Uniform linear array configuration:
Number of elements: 64
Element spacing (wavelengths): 0.5
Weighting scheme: blackman
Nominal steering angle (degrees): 30
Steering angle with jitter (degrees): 28.922
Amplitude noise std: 0.05
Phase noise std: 0.05

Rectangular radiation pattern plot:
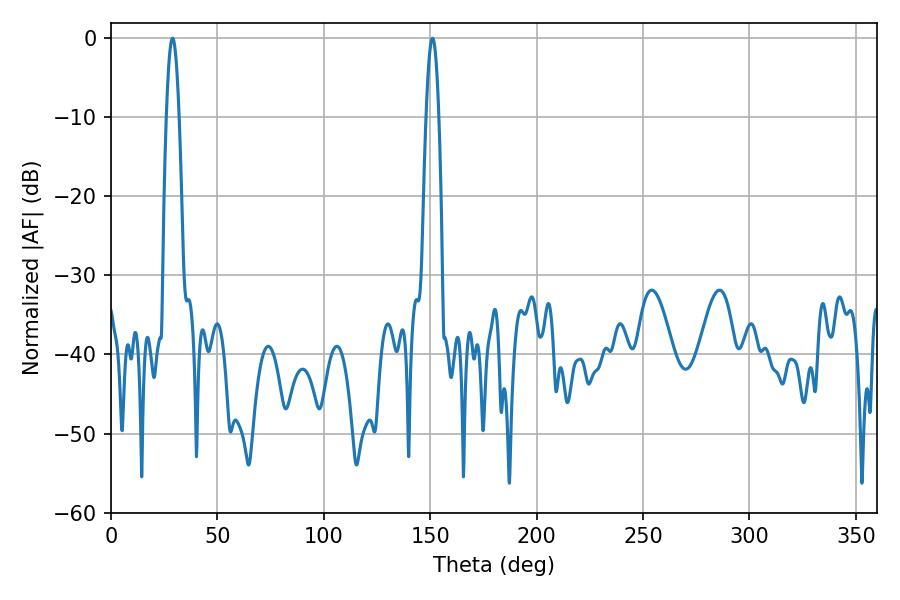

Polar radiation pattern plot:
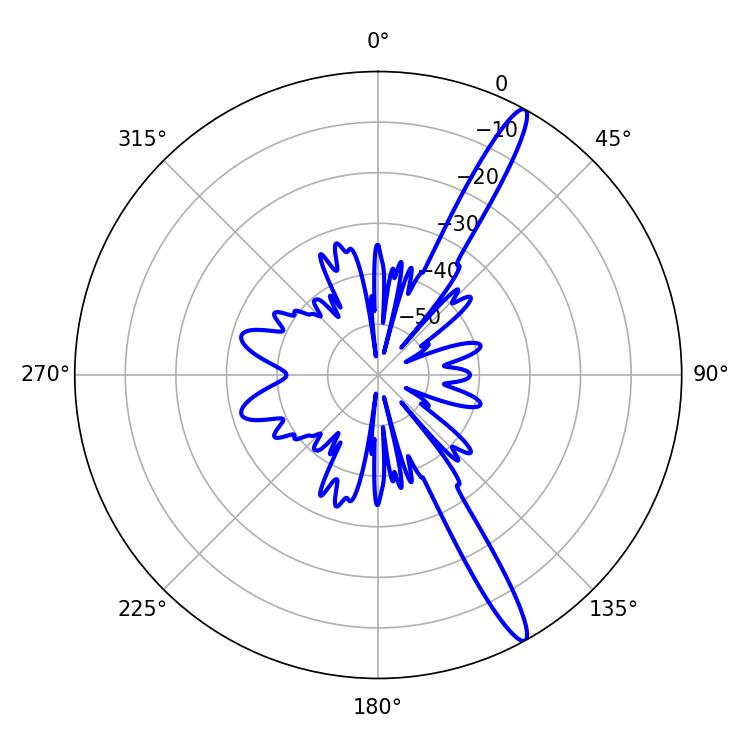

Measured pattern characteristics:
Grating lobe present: FALSE
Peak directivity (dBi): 15.196
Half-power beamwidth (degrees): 3.24
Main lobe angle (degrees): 151.02